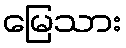
မြေသား